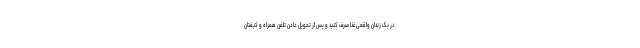
در یک زندان واقعی غذا صرف کنید و پس از تحویل دادن تلفن همراه و کیفتان